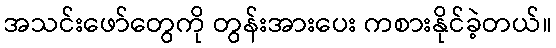
အသင်းဖော်တွေကို တွန်းအားပေး ကစားနိုင်ခဲ့တယ်။